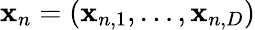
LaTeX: \mathbf{x}_{n}=(\mathbf{x}_{n,1},\ldots,\mathbf{x}_{n,D})